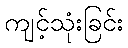
ကျင့်သုံးခြင်း